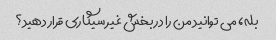
بله، می توانید من را در بخش غیر سیگاری قرار دهید؟